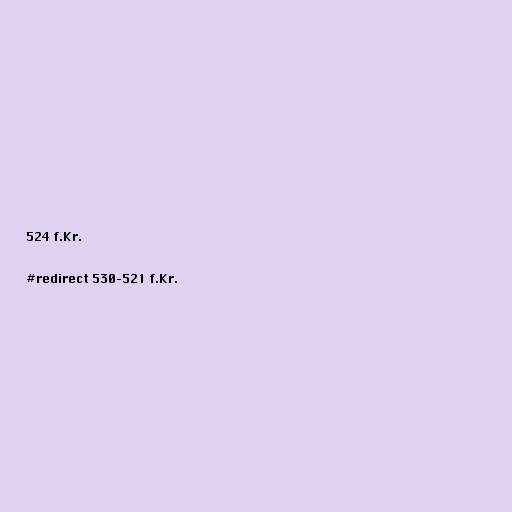
524 f.Kr.

#redirect 530–521 f.Kr.